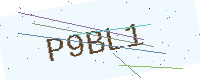
Text: P9BL1